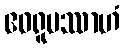
ဧဝရူပဿာဟံ